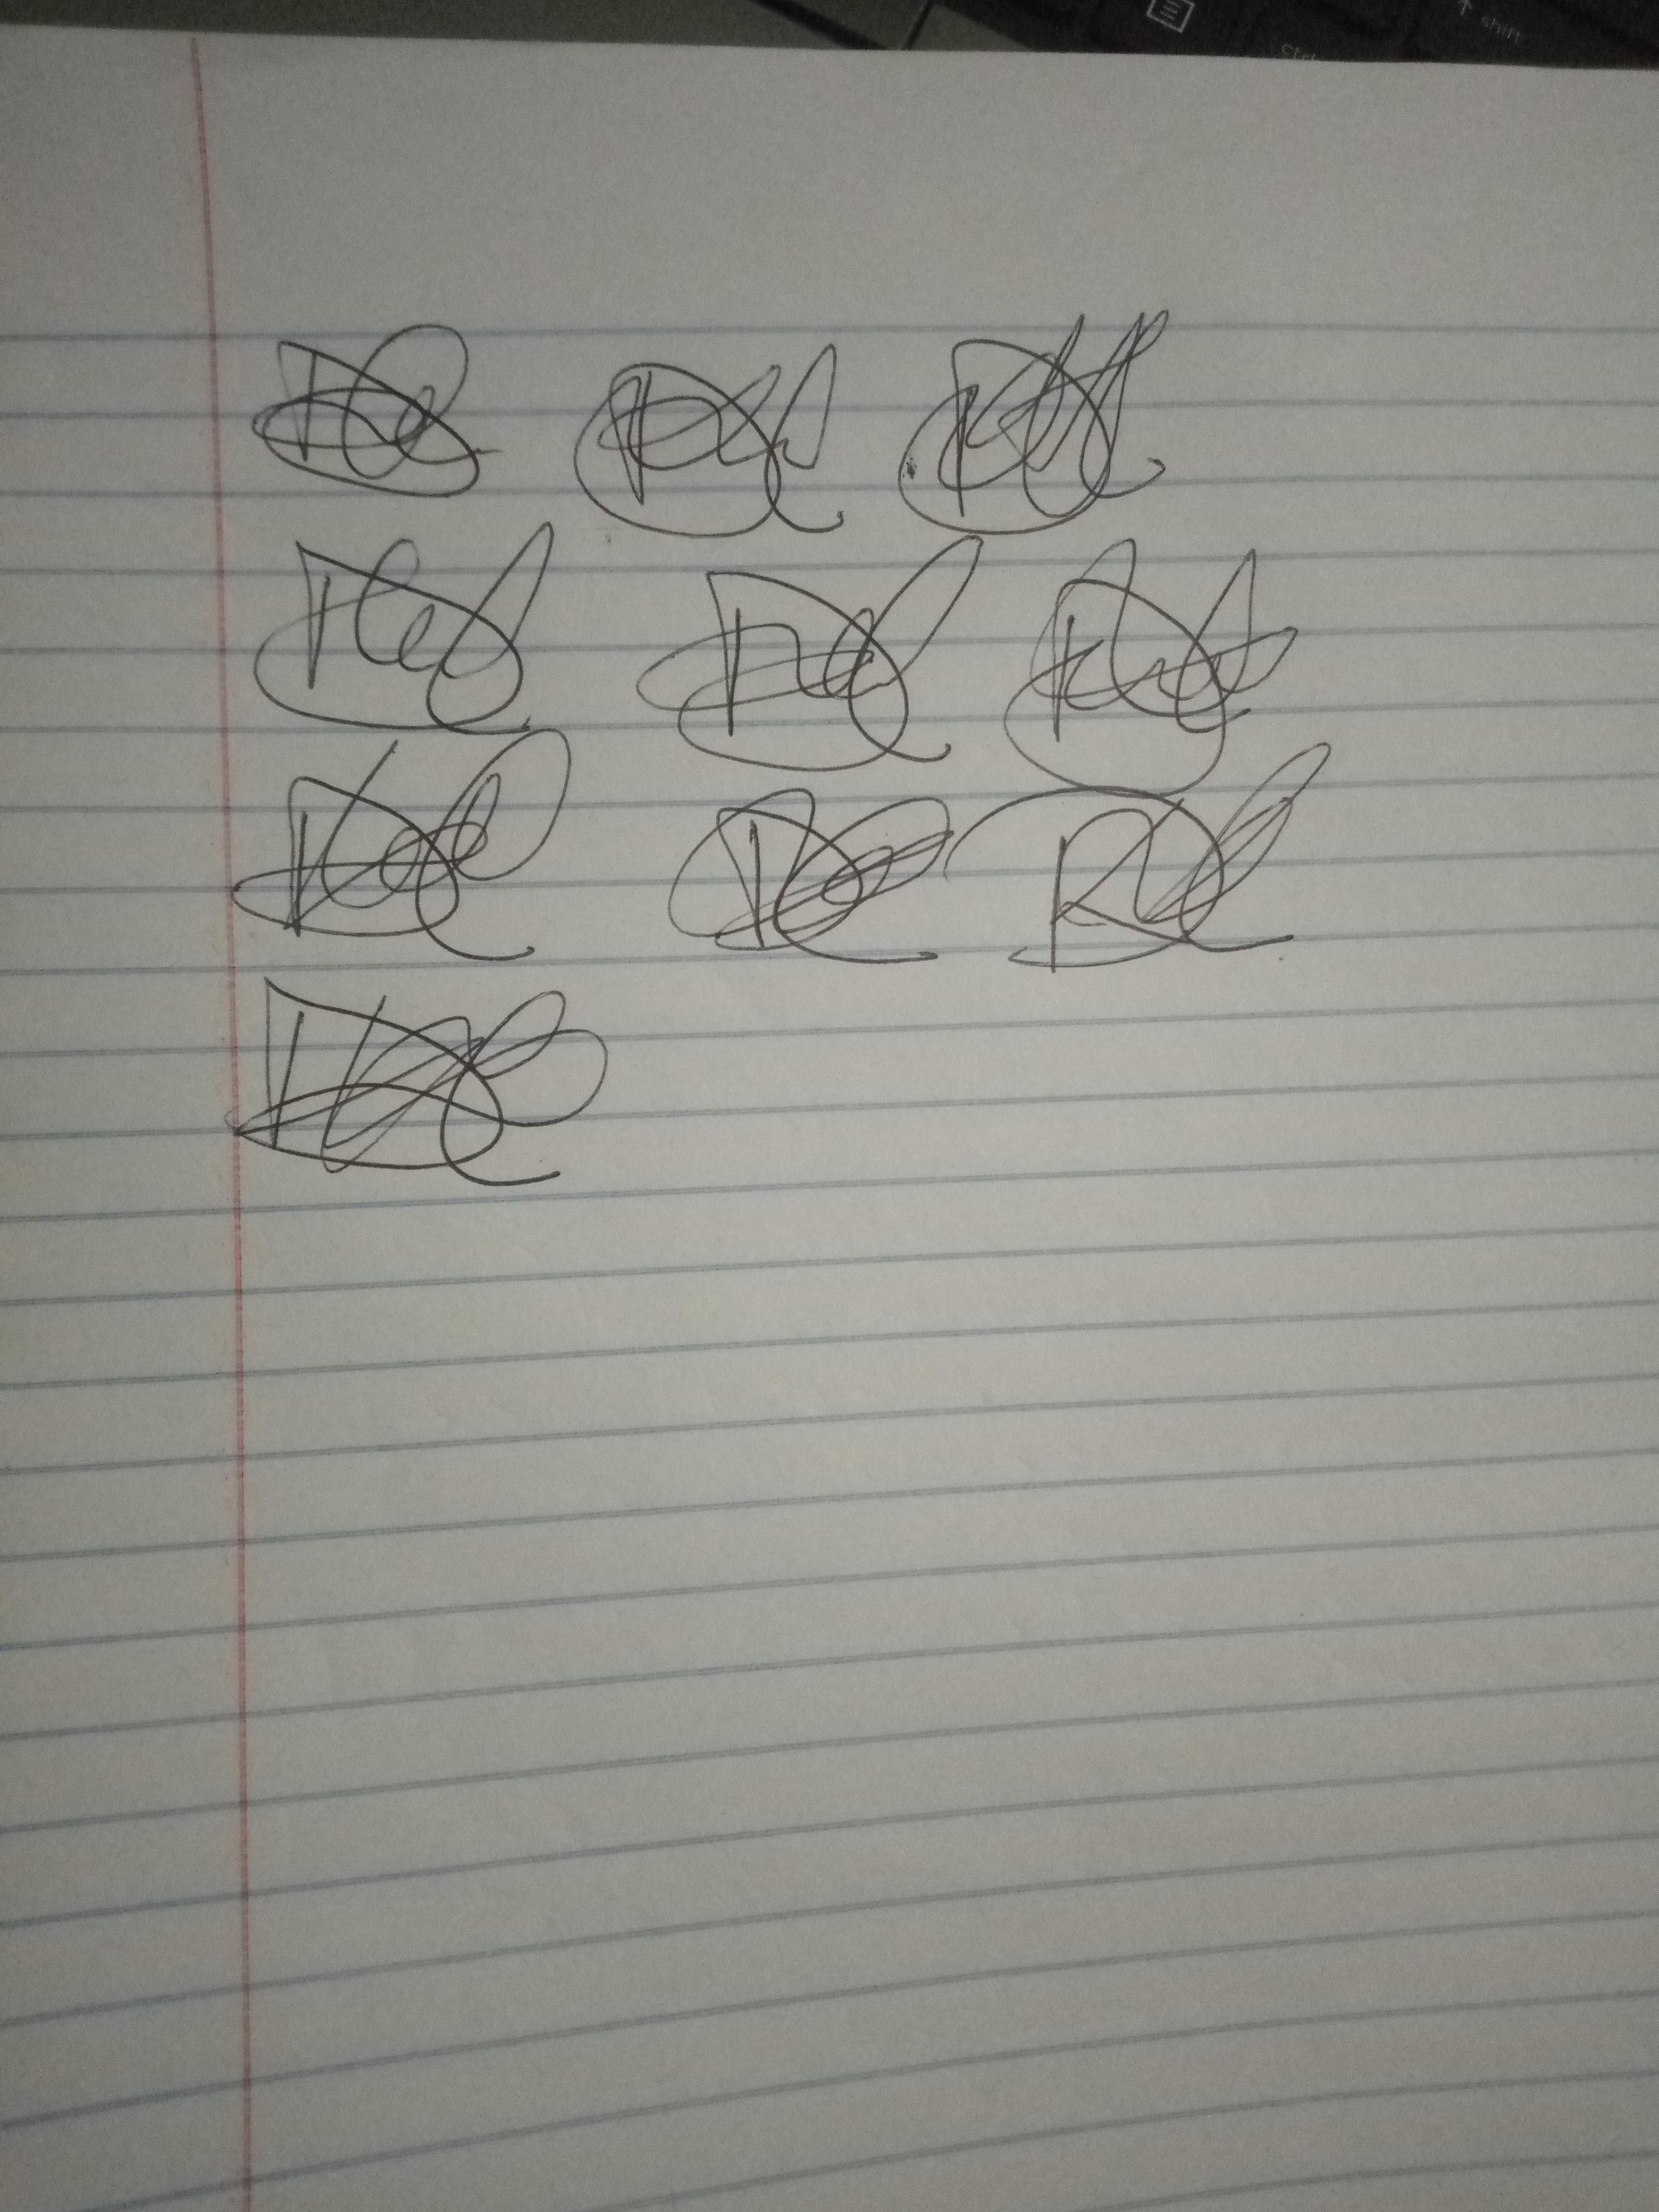
Signature authenticity: forged